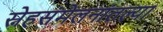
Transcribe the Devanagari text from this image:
स्नेहसंमेलनांतल्या